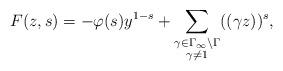
LaTeX: \begin{align*}F(z,s) = - \varphi(s) y^{1-s} + \sum_{\substack{\gamma \in \Gamma_{\infty} \backslash \Gamma \\ \gamma \neq 1}} ((\gamma z))^s,\end{align*}